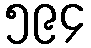
၅၉၄